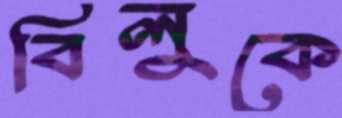
বিলুকে